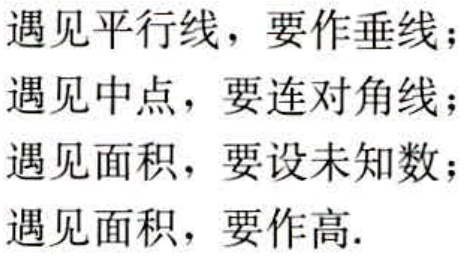
遇见平行线，要作垂线；
遇见中点，要连对角线；
遇见面积，要设未知数；
遇见面积，要作高.